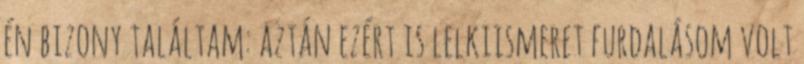
én bizony találtam: aztán ezért is lelkiismeret furdalásom volt